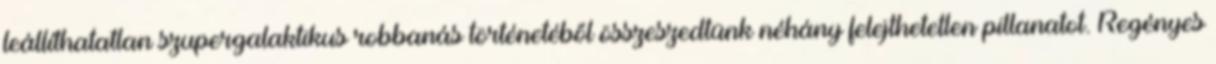
leállíthatatlan szupergalaktikus robbanás történetéből összeszedtünk néhány felejthetetlen pillanatot. Regényes